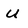
Character: u